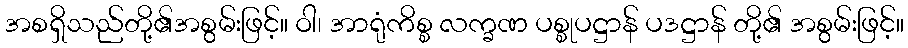
အစရှိသည်တို့၏အစွမ်းဖြင့်။ ဝါ၊ အာရုံကိစ္စ လက္ခဏ ပစ္စုပဋ္ဌာန် ပဒဋ္ဌာန် တို့၏ အစွမ်းဖြင့်။